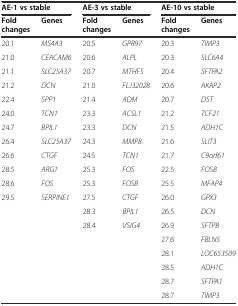
| <COLSPAN=2> AE-1 vs stable | <COLSPAN=2> AE-3 vs stable | <COLSPAN=2> AE-10 vs stable |
 | Fold changes | Genes | Fold changes | Genes | Fold changes | Genes |
 | --- | --- | --- | --- | --- | --- |
 | 20.1 | MS4A3 | 20.5 | GPR97 | 20.3 | TIMP3 |
 | 21.0 | CEACAM6 | 20.6 | ALPL | 20.3 | SLC6A4 |
 | 21.1 | SLC25A37 | 20.7 | MTHFS | 20.4 | SFTPA2 |
 | 21.2 | DCN | 21.0 | FLJ32028 | 20.6 | AKAP2 |
 | 22.4 | SPP1 | 21.4 | ADM | 20.7 | DST |
 | 24.0 | TCN1 | 23.3 | ACSL1 | 21.2 | TCF21 |
 | 24.7 | BPIL1 | 23.3 | DCN | 21.5 | ADH1C |
 | 26.4 | SLC25A37 | 24.3 | MMP8 | 21.6 | SLIT3 |
 | 26.6 | CTGF | 24.5 | TCN1 | 21.7 | C9orf61 |
 | 28.5 | ARG1 | 25.3 | FOS | 22.5 | FOSB |
 | 28.6 | FOS | 25.3 | FOSB | 25.5 | MFAP4 |
 | 29.5 | SERPINE1 | 27.5 | CTGF | 26.0 | GPX3 |
 |  |  | 28.3 | BPIL1 | 26.5 | DCN |
 |  |  | 28.4 | VSIG4 | 26.9 | SFTPB |
 |  |  |  |  | 27.6 | FBLN5 |
 |  |  |  |  | 28.1 | LOC653509 |
 |  |  |  |  | 28.5 | ADH1C |
 |  |  |  |  | 28.7 | SFTPA1 |
 |  |  |  |  | 28.7 | TIMP3 |